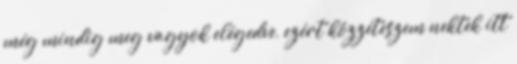
még mindig meg vagyok elégedve, ezért közzéteszem nektek itt